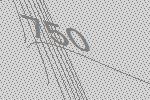
750